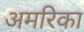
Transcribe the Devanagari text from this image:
अमरिका